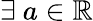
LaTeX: \exists~a\in\mathbb{R}